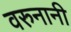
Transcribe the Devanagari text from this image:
वरुनानी